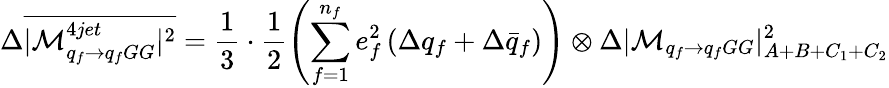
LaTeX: \Delta\overline{{{|{\cal M}_{q_{f}\to q_{f}GG}^{4jet}|^{2}}}}=\frac{1}{3}\cdot\frac{1}{2}\left(\sum_{f=1}^{n_{f}}e_{f}^{2}\left(\Delta q_{f}+\Delta\bar{q}_{f}\right)\right)\otimes\Delta|{\cal M}_{q_{f}\to q_{f}GG}|_{A+B+C_{1}+C_{2}}^{2}